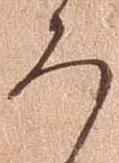
ろ